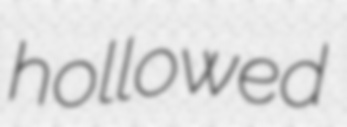
hollowed